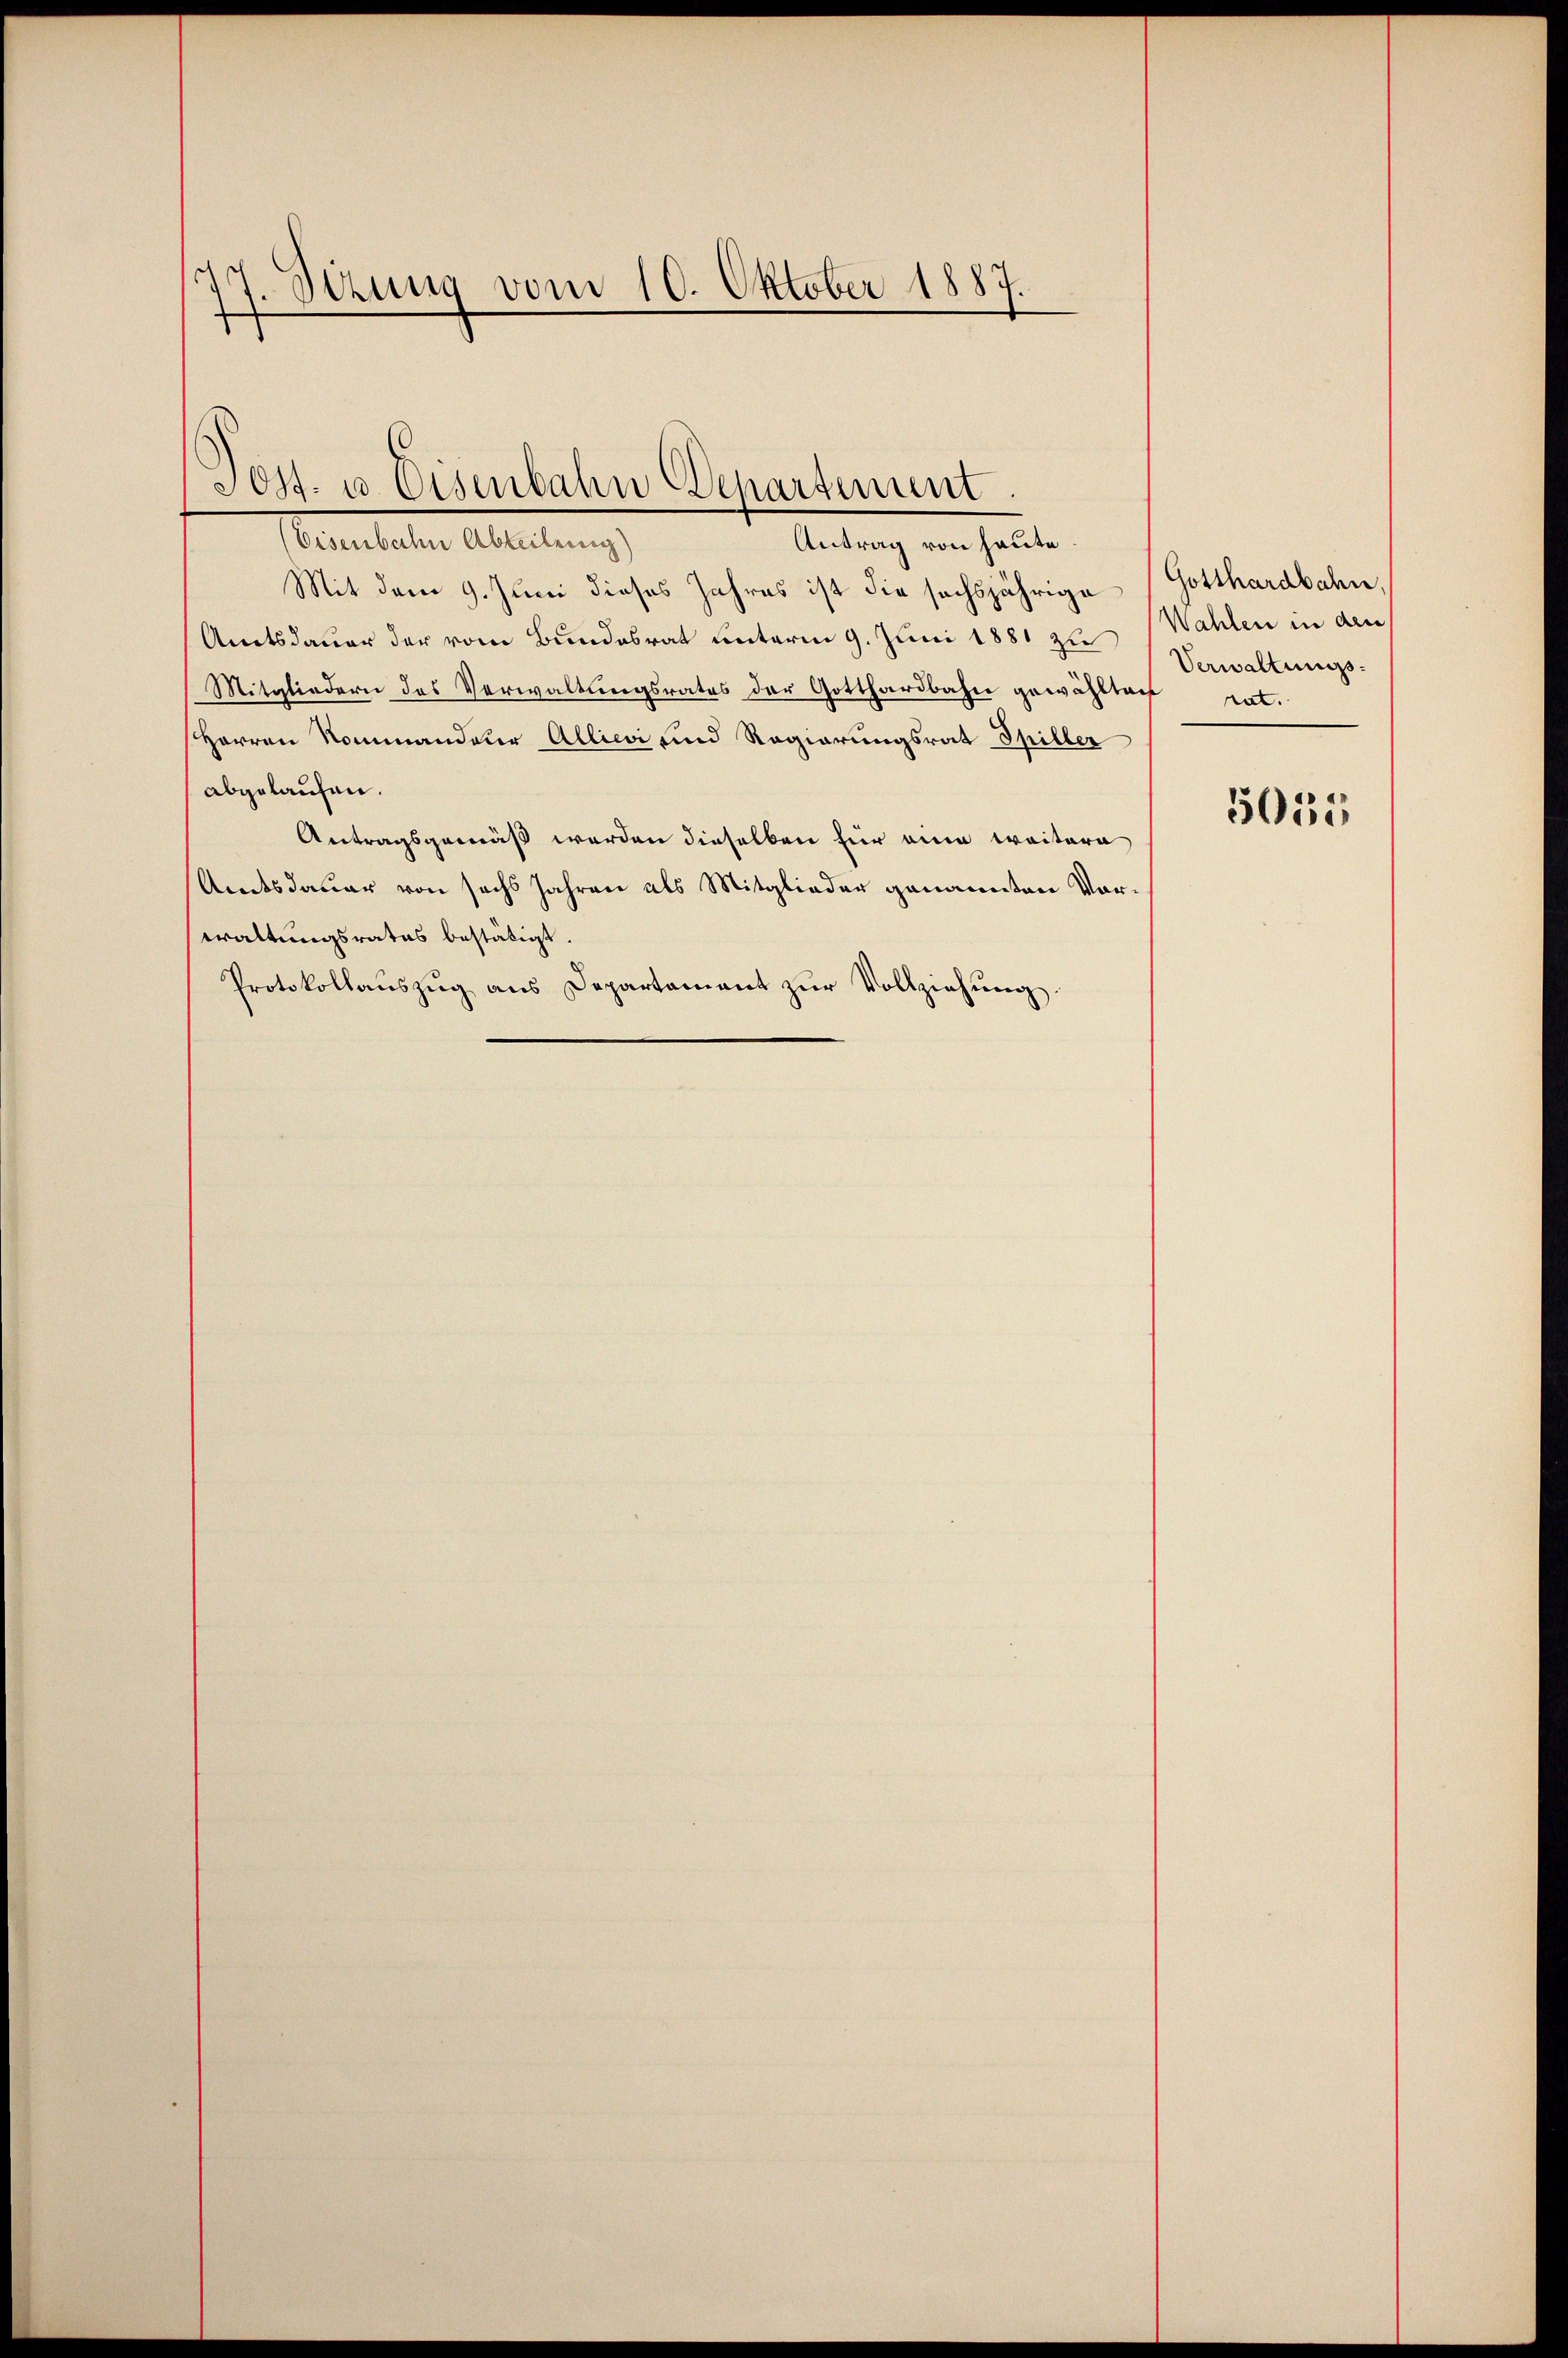
Sirung vom 10. Oktober 1882.
f

Sost- u. Eisenbahn Departement.

(Eisenbahn Abteilung)
Antrag von heute.
Mit dem 9. Juni dieses Jahres ist die sechsjährige Gotthardbahn,
Amtsdauer der vom Bundesrat unterm 9. Juni 1881 22 Wahlen in den
Mitgliedern des Verwaltungsrates der Gotthardbahn gewählten
Herren Kommandauer Allica und Regierungsrat Spiller
abgelaufen.
Antragsgemäß werden dieselben für eine weitere
Amtsdauer von sechs Jahren als Mitglieder genannten Vorwaltungsrates bestätigt
Protokollauszug aus Departament zur Vollziehung.

Verwaltungs-
rat.

5055